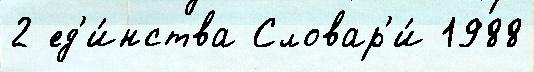
2 ед'и́нства Словар'и́ 1988